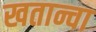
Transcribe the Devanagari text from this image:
खतान्चा